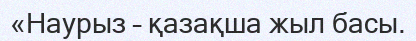
«Наурыз – қазақша жыл басы.